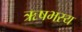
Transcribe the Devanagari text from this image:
ऋषभस्य